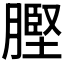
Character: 𮌲